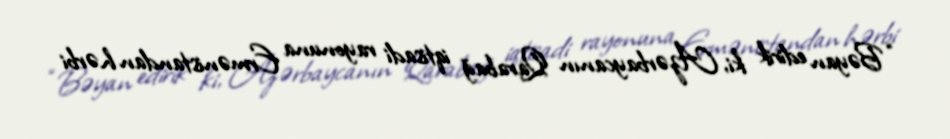
“Bəyan edirik ki, Azərbaycanın Qarabağ iqtisadi rayonuna Ermənistandan hərbi